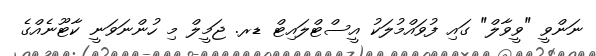
ނަންވީ "ވީވާލް" ގައި ފުވައްމުލަކު އީސްޓްލައިޓް ޑރ. ޖަމީލް މި ހުންނަވަނީ ކާޓޫނެއްގެ